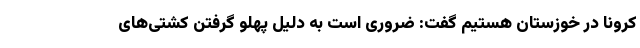
کرونا در خوزستان هستیم گفت: ضروری است به دلیل پهلو گرفتن کشتی‌های